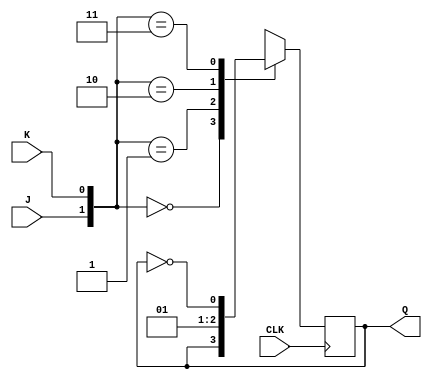
`timescale 1ns / 1ps
//////////////////////////////////////////////////////////////////////////////////
// Company: 
// Engineer: 
// 
// Design Name: 
// Module Name: Asynchronous_up_counter
// Project Name: 
// Target Devices: 
// Tool Versions: 
// Description: 
// 
// Dependencies: 
// 
// Revision:
// Revision 0.01 - File Created
// Additional Comments:
// 
//////////////////////////////////////////////////////////////////////////////////
module JKF(Q,J,K,CLK);
input J,K,CLK;
output reg Q;
initial Q=1'b1;
always @ (negedge CLK)
case({J,K})
2'b00: Q=Q;
2'b01: Q=1'b0;
2'b10: Q=1'b1;
2'b11: Q=~Q;
endcase
endmodule

module Asynchronous_up_counter(Q,CLK);
input CLK;
output [2:0]Q;
JKF   A (Q[0],1'b1,1'b1,CLK),
      B (Q[1],1'b1,1'b1,Q[0]),
      C (Q[2],1'b1,1'b1,Q[1]);
endmodule